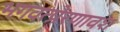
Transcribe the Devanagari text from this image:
भगवत्प्रेरणावश